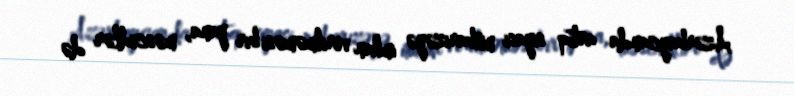
Azərbaycanda artıq siyasi mübarizəyə imkan verilməməsi bir yana, məscidlər də